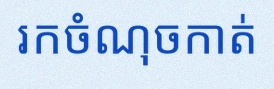
រកចំណុចកាត់